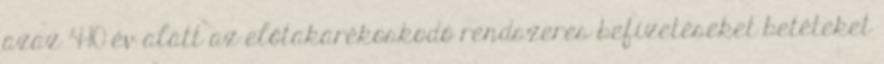
azaz 4-10 év alatt az előtakarékoskodó rendszeres befizetéseket betéteket